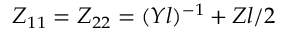
Z _ { 1 1 } = Z _ { 2 2 } = ( Y l ) ^ { - 1 } + Z l / 2